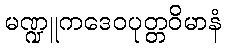
မဏ္ဍူကဒေဝပုတ္တဝိမာနံ